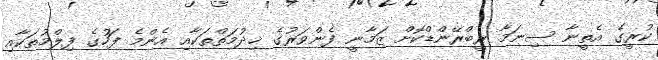
ކުރީގެ އެތީނާ ސިނަމާ ރީބްރޭންޑްކޮށް ޒަމާނީ ފެންވަރުގެ ޚިދުމަތްތަކާއި އެންމެ ފަހުގެ ފިލްމުތަކާއި